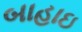
બાહાઇ